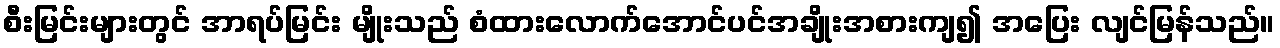
စီးမြင်းများတွင် အာရပ်မြင်း မျိုးသည် စံထားလောက်အောင်ပင်အချိုးအစားကျ၍ အပြေး လျင်မြန်သည်။